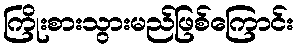
ကြိုးစားသွားမည်ဖြစ်ကြောင်း